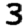
Digit: 3